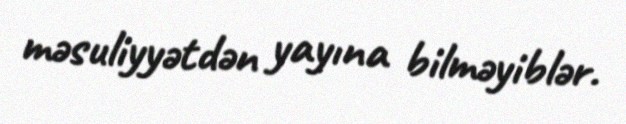
məsuliyyətdən yayına bilməyiblər.